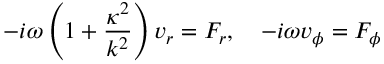
- i \omega \left( 1 + \frac { \kappa ^ { 2 } } { k ^ { 2 } } \right) v _ { r } = F _ { r } , \quad - i \omega v _ { \phi } = F _ { \phi }